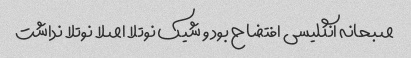
صبحانه انگلیسی افتضاح بود و شیک نوتلا اصلا نوتلا نداشت